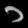
Digit: ၁